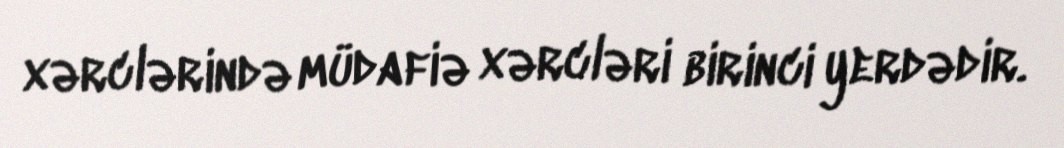
xərclərində müdafiə xərcləri birinci yerdədir.